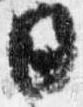
日